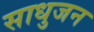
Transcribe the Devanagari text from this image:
साधुजन